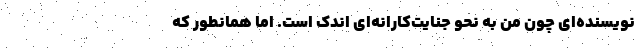
نویسنده‌ای چون من به نحو جنایت‌کارانه‌ای اندک است. اما همانطور که